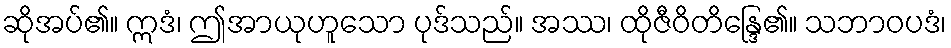
ဆိုအပ်၏။ ဣဒံ၊ ဤအာယုဟူသော ပုဒ်သည်။ အဿ၊ ထိုဇီဝိတိန္ဒြေ၏။ သဘာဝပဒံ၊